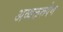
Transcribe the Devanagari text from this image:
अव्यक्तरूपेण